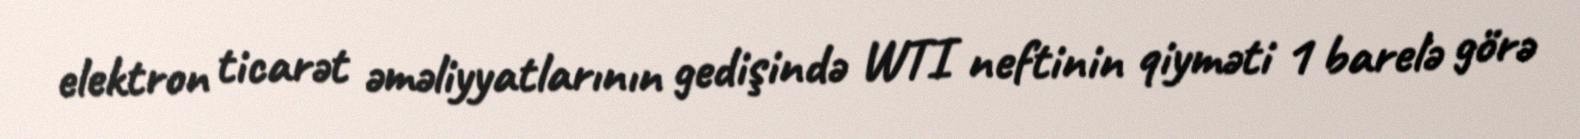
elektron ticarət əməliyyatlarının gedişində WTI neftinin qiyməti 1 barelə görə